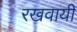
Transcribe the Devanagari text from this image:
रखवायी